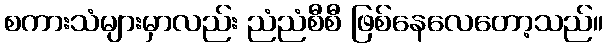
စကားသံများမှာလည်း ညံညံစီစီ ဖြစ်နေလေတော့သည်။